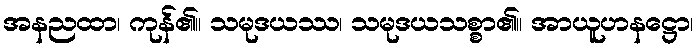
အနညထာ၊ ကုန်၏။ သမုဒယဿ၊ သမုဒယသစ္စာ၏။ အာယူဟနဋ္ဌော၊